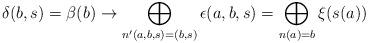
LaTeX: \begin{align*} \delta(b,s) = \beta(b) \to \bigoplus_{n'(a,b,s)=(b,s)} \epsilon(a,b,s) = \bigoplus_{n(a)=b} \xi(s(a))\end{align*}